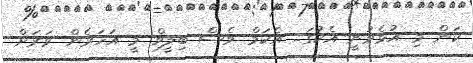
ކަން މި އުޅެވުނީ އެކުގަ.. އެކަމް ވެސް ބިލީވް މީ އަހަރެން ވަރަށް